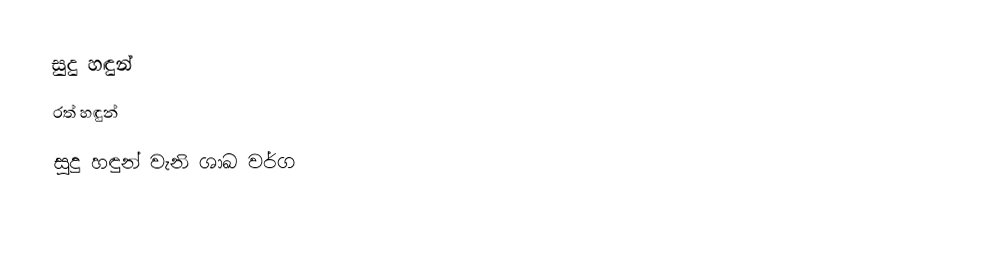
සුදු හඳුන්
 රත් හඳුන්
 සුදු හඳුන් වැනි ශාඛ වර්ග